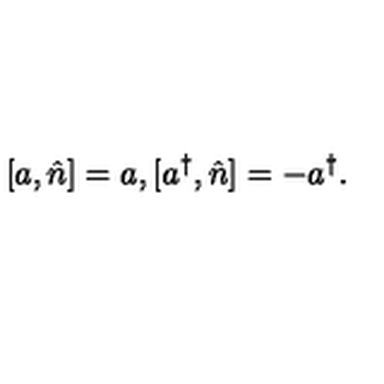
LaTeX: [ a , \hat { n } ] = a , [ a ^ { \dag } , \hat { n } ] = - a ^ { \dag } .